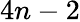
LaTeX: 4n-2